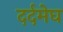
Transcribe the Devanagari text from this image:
दर्दमेघ